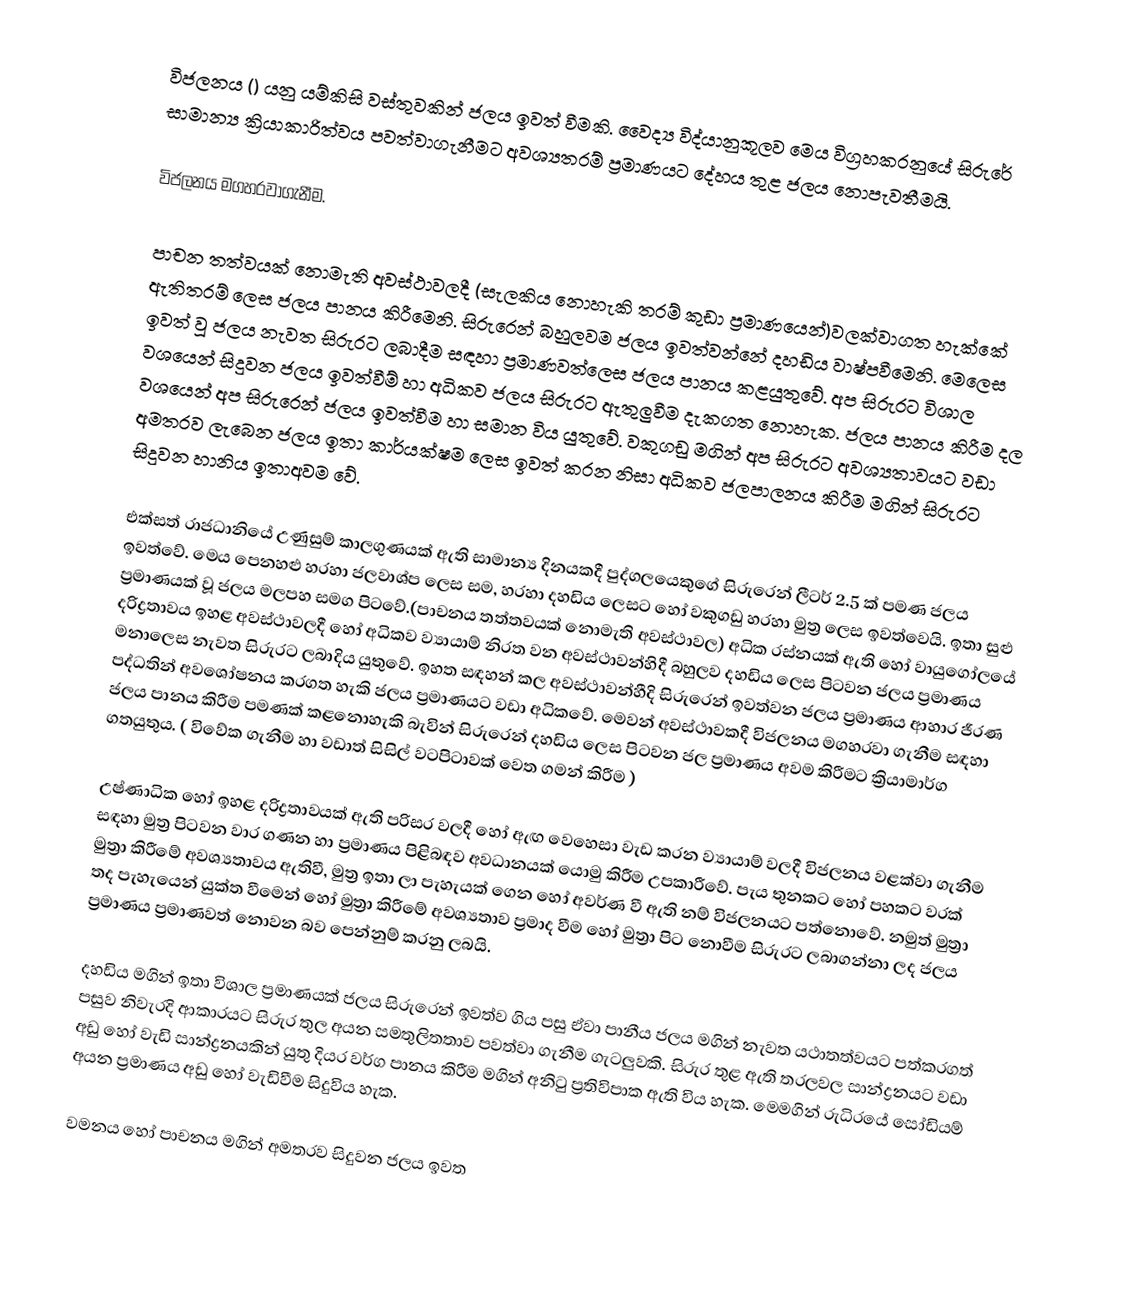
විජලනය () යනු යම්කිසි වස්තුවකින් ජලය ඉවත් වීමකි.  වෛද්‍ය විද්යානුකූලව මෙය  විග්‍රහකරනුයේ සිරු‍රේ සාමාන්‍ය ක්‍රියාකාරිත්වය පවත්වාගැනීමට අවශ්‍යතරම් ප්‍රමාණයට දේහය තුළ ජලය නොපැවතීමයි.

විජලනය මගහරවාගැනීම.

පාචන තත්වයක් නොමැති අවස්ථාවලදී (සැලකිය නොහැකි තරම් කුඩා ප්‍රමාණයෙන්)වලක්වාගත හැක්කේ ඇතිතරම් ලෙස ජලය පානය කිරීමෙනි. සිරුරෙන් බහුලවම ජලය ඉවත්වන්නේ දහඩිය වාෂ්පවීමෙනි. මෙලෙස ඉවත් වූ ජලය නැවත සිරුරට ලබාදීම  සඳහා  ප්‍රමාණවත්ලෙස ජලය පානය කළයුතුවේ.  අප සිරුරට විශාල වශයෙන් සිදුවන ජලය ඉවත්වීම් හා අධිකව ජලය සිරුරට ඇතුලුවීම දැකගත නොහැක. ජලය පානය කිරීම දල වශයෙන් අප සිරුරෙන් ජලය ඉවත්වීම හා  සමාන විය යුතුවේ. වකුගඩු මගින් අප සිරුරට අවශ්‍යතාවයට වඩා අමතරව ලැබෙන ජලය ඉතා කාර්යක්ෂම ලෙස ඉවත් කරන නිසා අධිකව ජලපාලනය කිරීම මගින්  සිරුරට සිදුවන හානිය ඉතාඅවම වේ.

එක්සත් රාජධානියේ උණුසුම් කාලගුණයක් ඇති සාමාන්‍ය දිනයකදී  පුද්ගලයෙකුගේ සිරුරෙන් ලීටර් 2.5 ක් පමණ ජලය ඉවත්වේ. මෙය පෙනහළු හරහා ජලවාශ්ප ලෙස සම, හරහා දහඩිය ලෙසට හෝ වකුගඩු හරහා මුත්‍ර ලෙස ඉවත්වෙයි.  ඉතා සුළු ප්‍රමාණයක් වූ ජලය  මලපහ සමග පිටවේ.(පාචනය තත්තවයක් නොමැති අවස්ථාවල) අධික රස්නයක් ඇති හෝ වායුගෝලයේ දරිද්‍රතාවය ඉහළ අවස්ථාවලදී හෝ අධිකව  ව්‍යායාම්  නිරත වන අවස්ථාවන්හිදී  බහුලව දහඩිය ලෙස පිටවන ජලය ප්‍රමාණය මනාලෙස  නැවත සිරුරට ලබාදිය යුතුවේ. ඉහත සඳහන් කල අවස්ථාවන්හීදි සිරුරෙන් ඉවත්වන ජලය ප්‍රමාණය ආහාර ජීරණ පද්ධතින් අවශෝෂනය කරගත හැකි ජලය ප්‍රමාණයට වඩා අධිකවේ. මෙවන් අවස්ථාවකදී විජලනය මගහරවා ගැනීම සඳහා   ජලය පානය කිරීම පමණක් කළනොහැකි බැවින්  සිරුරෙන් දහඩිය ලෙස පිටවන ජල ප්‍රමාණය අවම කිරීමට ක්‍රියාමාර්ග ගතයුතුය. ( විවේක ගැනීම හා වඩාත් සිසිල් වටපිටාවක් වෙත ගමන් කිරීම )

උෂ්ණාධික හෝ ඉහළ දරිද්‍රතාවයක්  ඇති පරිසර වලදී  හෝ ඇඟ වෙහෙසා වැඩ කරන ව්‍යායාම් වලදී විජලනය වළක්වා ගැනීම සඳහා මුත්‍ර පිටවන වාර ගණන හා ප්‍රමාණය පිළිබඳව අවධානයක් යොමු කිරීම උපකාරීවේ. පැය තුනකට හෝ පහකට වරක් මුත්‍රා කිරීමේ  අවශ්‍යතාවය ඇතිවී, මුත්‍ර ඉතා ලා පැහැයක් ගෙන  හෝ අවර්ණ වී ඇති නම් විජලනයට පත්නොවේ. නමුත් මුත්‍රා  තද පැහැයෙන් යුක්ත වීමෙන් හෝ මුත්‍රා කිරීමේ අවශ්‍යතාව ප්‍රමාද වීම හෝ මුත්‍රා පිට නොවීම සිරුරට ලබාගන්නා ලද ජලය ප්‍රමාණය ප්‍රමාණවත් නොවන බව පෙන්නුම් කරනු ලබයි.

දහඩිය මගින් ඉතා විශාල ප්‍රමාණයක් ජලය සිරුරෙන් ඉවත්ව ගිය පසු ඒවා පානීය ජලය මගින් නැවත යථාතත්වයට පත්කරගත් පසුව  නිවැරදි ආකාරයට සිරුර තුල අයන සමතුලිතතාව  පවත්වා ගැනීම ගැටලුවකි.  සිරුර තුළ ඇති තරලවල සාන්ද්‍රනයට වඩා අඩු හෝ වැඩි සාන්ද්‍රනයකින්  යුතු  දියර වර්ග පානය කිරීම  මගින් අනිටු ප්‍රතිවිපාක ඇති විය හැක.  මෙමගින් රුධිරයේ සෝඩියම් අයන ප්‍රමාණය අඩු හෝ වැඩිවීම සිදුවිය හැක.

වමනය හෝ පාචනය මගින් අමතරව සිදුවන ජලය ඉවත